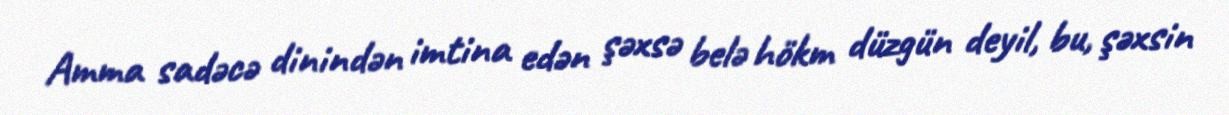
Amma sadəcə dinindən imtina edən şəxsə belə hökm düzgün deyil, bu, şəxsin